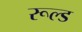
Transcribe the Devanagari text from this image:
रूल्ड